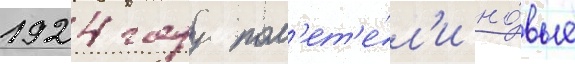
1924 году пол'ет'е́л'и но́вые